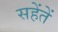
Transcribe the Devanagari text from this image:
सहेंतें